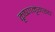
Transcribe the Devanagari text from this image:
कृष्णमृगस्य